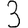
Digit: 3